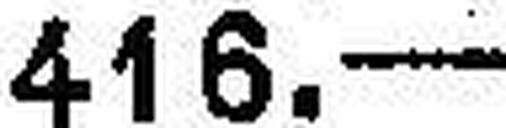
416.—